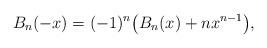
LaTeX: \begin{align*}B_n ( - x) = ( - 1)^n\big(B_n (x) + nx^{n - 1}\big),\end{align*}